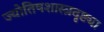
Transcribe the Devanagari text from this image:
ज्योतिषशास्त्रदृष्ट्या